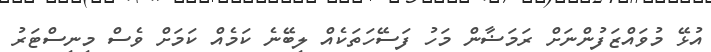
އުޅޭ މުވައްޒަފުންނަށް ރަމަޟާން މަހު ފަސޭހަތަކެއް ލިބޭނެ ކަމެއް ކަމަށް ވެސް މިނިސްޓަރު